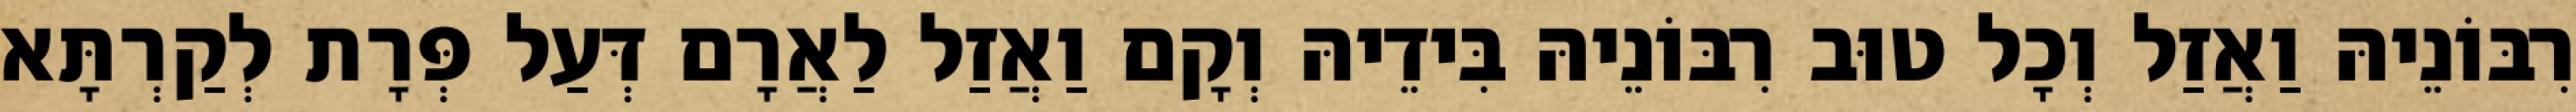
רִבּוֹנֵיהּ וַאֲזַל וְכָל טוּב רִבּוֹנֵיהּ בִּידֵיהּ וְקָם וַאֲזַל לַאֲרָם דְּעַל פְּרָת לְקַרְתָּא